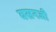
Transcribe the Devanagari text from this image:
वसनजी